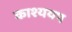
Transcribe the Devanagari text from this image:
काश्ययप